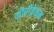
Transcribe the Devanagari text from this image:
कौरीव्रेकन